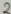
Text: 2